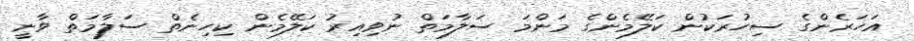
އަހަރެންގެ ސިހުރަކުން ކަލޭމެންގެ މަންމަ ސަލާމަތް ނުވިއިރު ކަލޭމެން ކިހިނެތް ސަލާމަތް ވާނީ